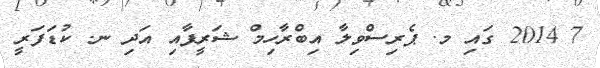
7 2014 ގައި މ. ޕެރިސްވިލާ އިބްރާހިމް ޝަރީފާއި އަދި ނ. ކުޑަފަރީ